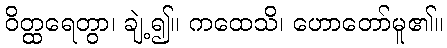
ဝိတ္ထရေတွာ၊ ချဲ့၍။ ကထေသိ၊ ဟောတော်မူ၏။